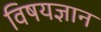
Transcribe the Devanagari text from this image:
विषयज्ञान